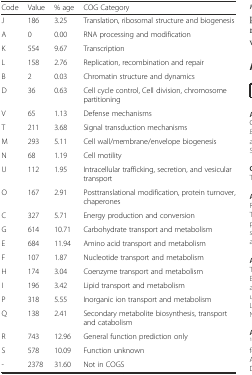
| Code | Value | % age | COG Category |
 | --- | --- | --- | --- |
 | J | 186 | 3.25 | Translation, ribosomal structure and biogenesis |
 | A | 0 | 0.00 | RNA processing and modification |
 | K | 554 | 9.67 | Transcription |
 | L | 158 | 2.76 | Replication, recombination and repair |
 | B | 2 | 0.03 | Chromatin structure and dynamics |
 | D | 36 | 0.63 | Cell cycle control, Cell division, chromosome partitioning |
 | V | 65 | 1.13 | Defense mechanisms |
 | T | 211 | 3.68 | Signal transduction mechanisms |
 | M | 293 | 5.11 | Cell wall/membrane/envelope biogenesis |
 | N | 68 | 1.19 | Cell motility |
 | U | 112 | 1.95 | Intracellular trafficking, secretion, and vesicular transport |
 | O | 167 | 2.91 | Posttranslational modification, protein turnover, chaperones |
 | C | 327 | 5.71 | Energy production and conversion |
 | G | 614 | 10.71 | Carbohydrate transport and metabolism |
 | E | 684 | 11.94 | Amino acid transport and metabolism |
 | F | 107 | 1.87 | Nucleotide transport and metabolism |
 | H | 174 | 3.04 | Coenzyme transport and metabolism |
 | I | 196 | 3.42 | Lipid transport and metabolism |
 | P | 318 | 5.55 | Inorganic ion transport and metabolism |
 | Q | 138 | 2.41 | Secondary metabolite biosynthesis, transport and catabolism |
 | R | 743 | 12.96 | General function prediction only |
 | S | 578 | 10.09 | Function unknown |
 | - | 2378 | 31.60 | Not in COGS |